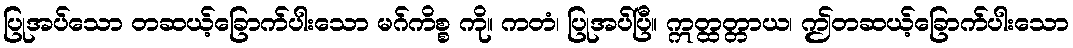
ပြုအပ်သော တဆယ့်ခြောက်ပါးသော မဂ်ကိစ္စ ကို။ ကတံ၊ ပြုအပ်ပြီ။ ဣတ္ထတ္တာယ၊ ဤတဆယ့်ခြောက်ပါးသော